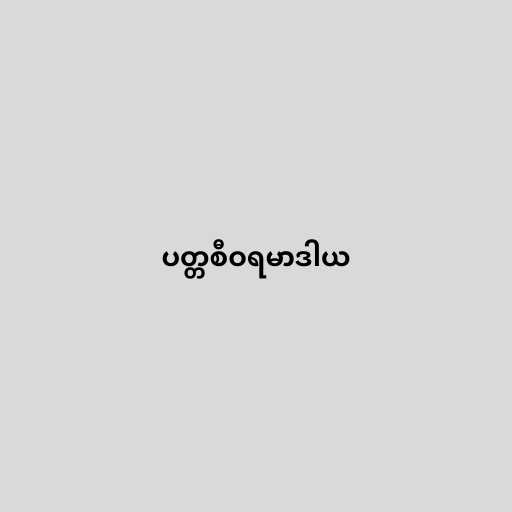
ပတ္တစီဝရမာဒါယ